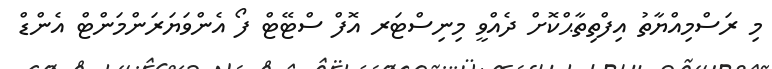
މި ރަސްމިއްޔާތު އިފްތިތާޙްކޮށް ދެއްވީ މިނިސްޓަރ އޮފް ސްޓޭޓް ފޯ އެންވަޔަރަންމަންޓް އެންޑް